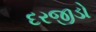
દરજીડો